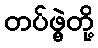
တပ်ဖွဲ့တို့